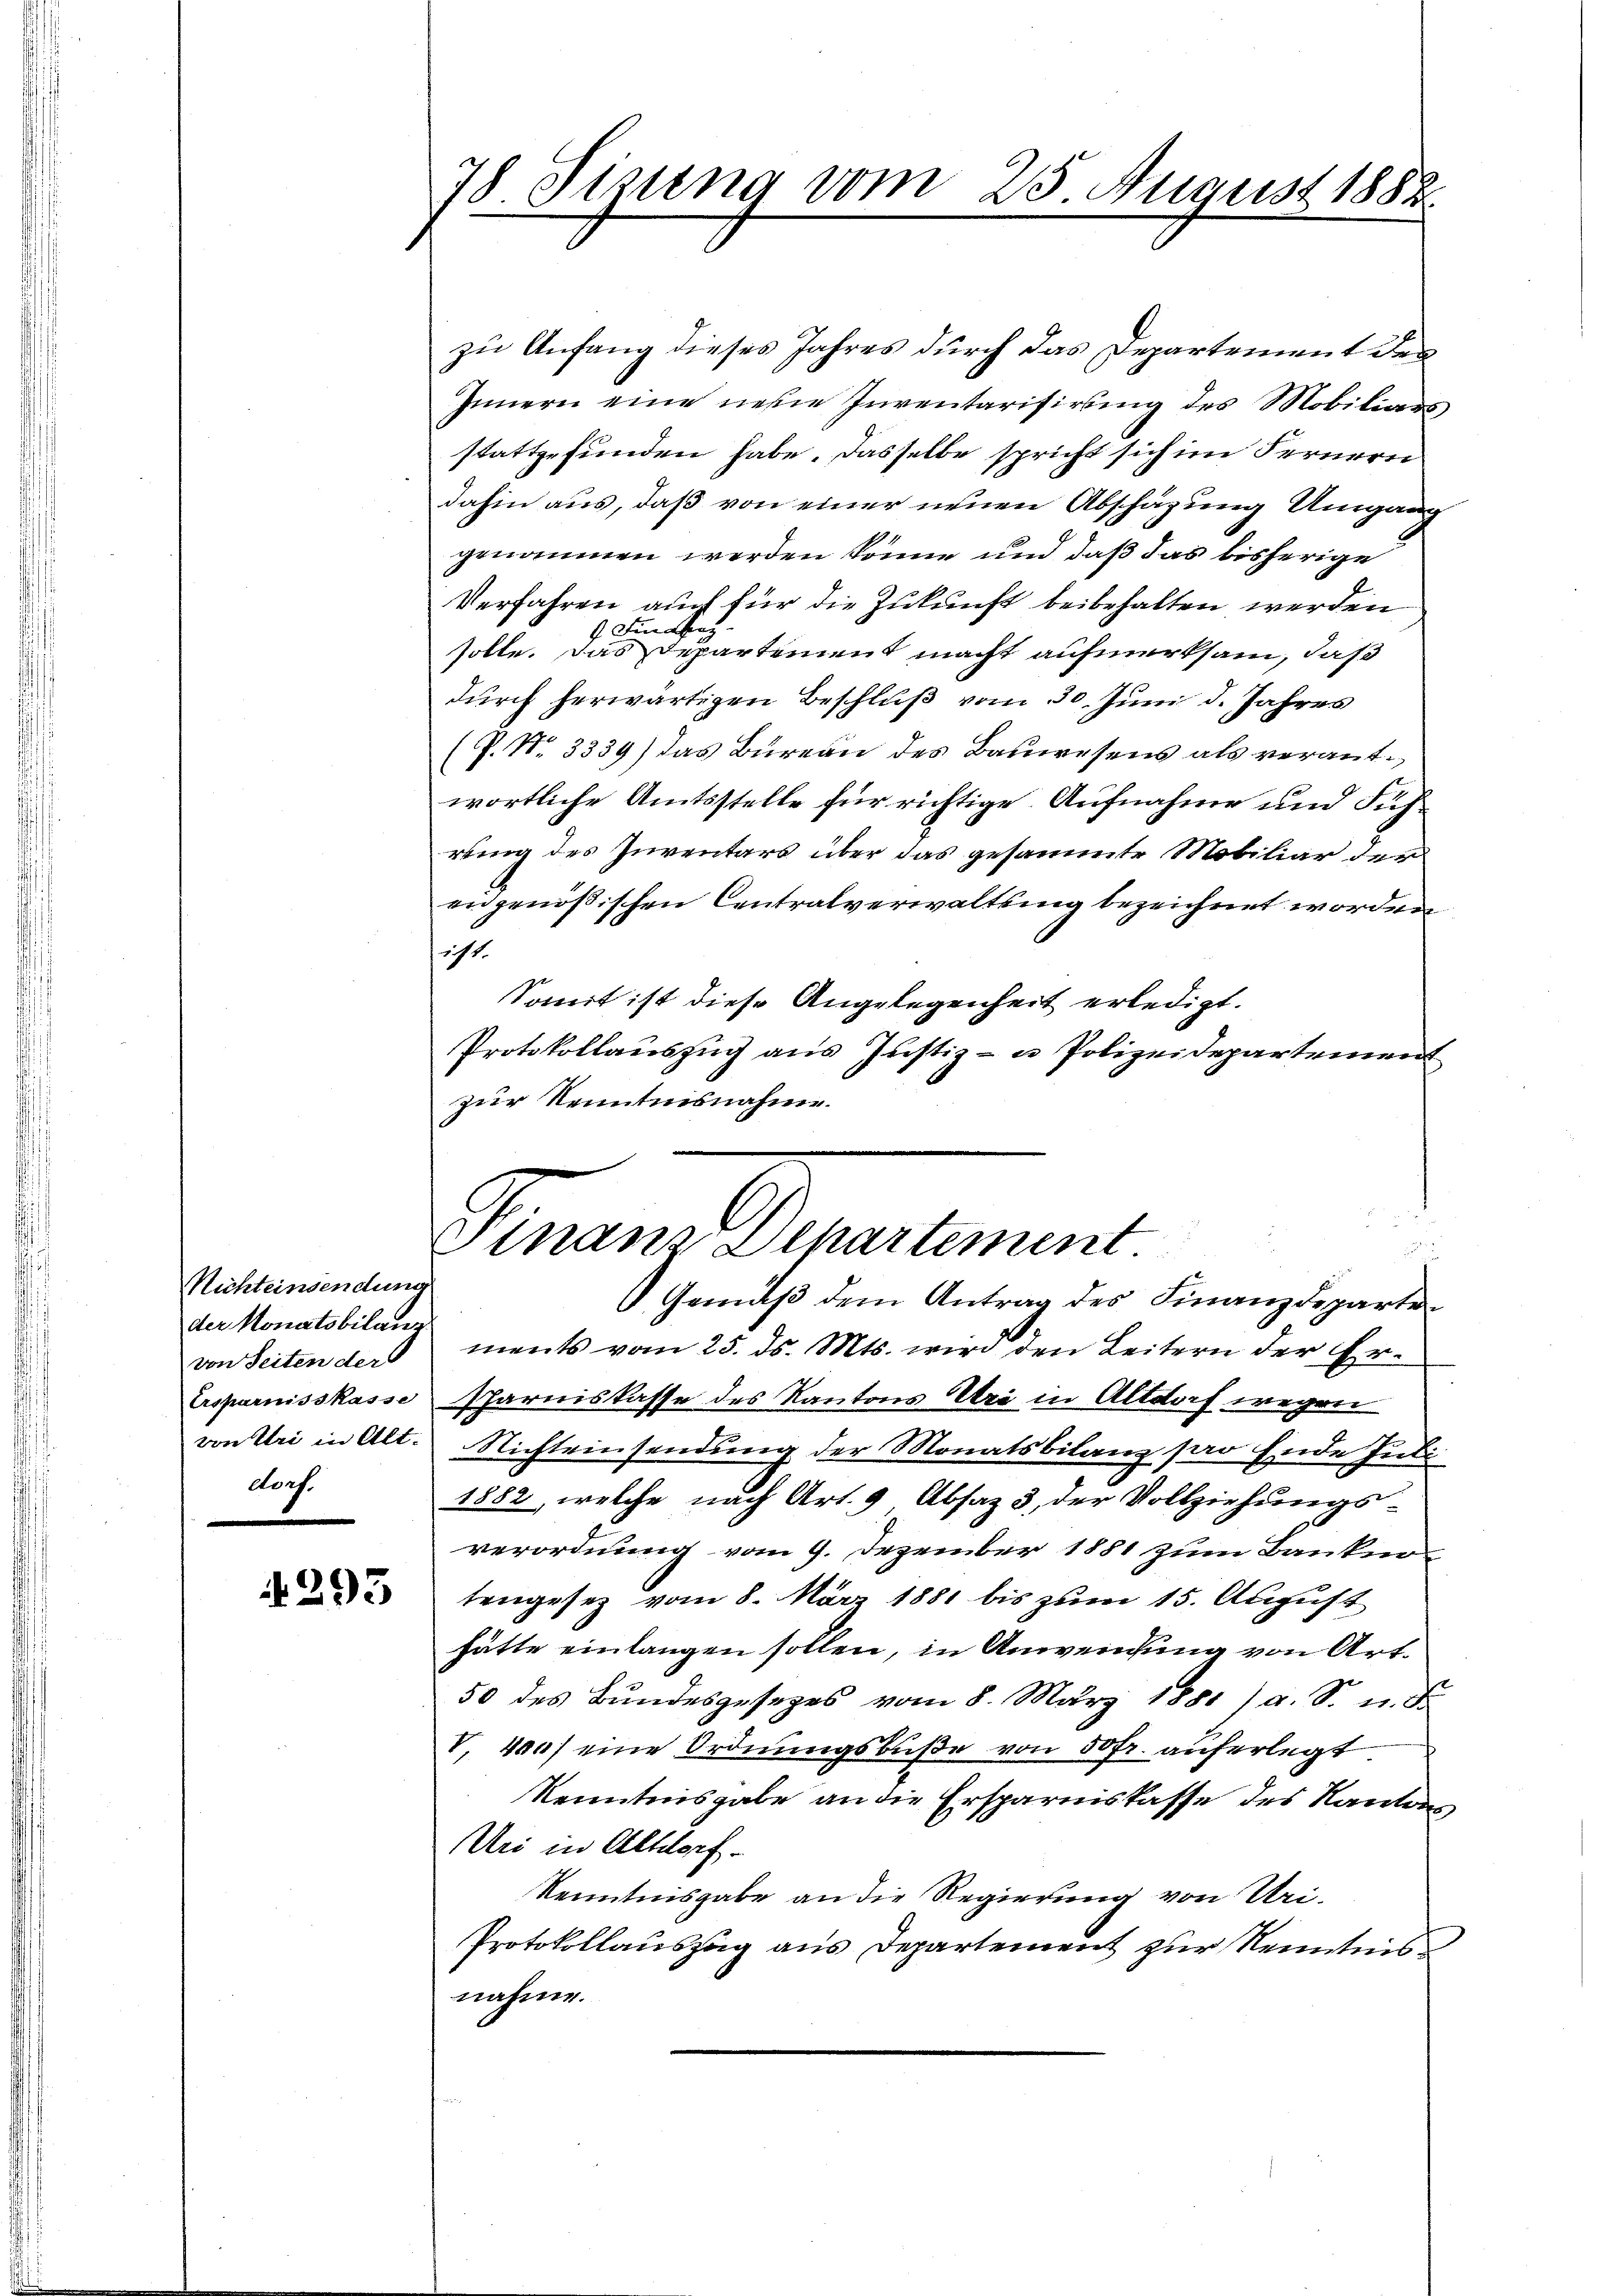
Richteinsendung
der Monatsbilanz
von Seiten ders
Ersparnisskasse
dorf.

293

78 Sizung vom 25. August 1882.

zu Anfang dieses Jahres durch das Departement des
Innern eine neue Inventarisirung des Mobiliars
stattgefunden habe. Dasselbe spricht sich im Fernern
dahin aus, daß von einer neuen Abschäzung Umgang
genommen werden könne und daß das bisherige
Verfahren auch für die Zukunft beibehalten werden
9 Die Linz
solle. Das Departement macht aufmerksam, daß
durch herwärtigen Beschluß vom 30. Juni d. Jahres
(P. No. 3339) das Bureau des Bauwesens als verantwortliche Amtsstelle für richtige Aufnahme und Führing des Inventars über das gesammte Mobiliar der
eidgenößischen Centralverwaltung bezeichnet worden
sicht.
Sonnt ist diese Angelegenheit erledigt.
Protokollauszug aus Justiz- u Polizeidepartement
zur Kenntnisnahme.

Finanz-Departement
Gemäß dem Antrag des Finanzdeparten

ments vom 25. ds. Mts. wird den Leitern der Ersparniskasse des Kantons Uri in Altdorf wegen
von Uri in Alt. Nichteinsendung der Monatsbilanz par Ende Jubi
1882, welche nach Art. 9 Absaz 3, der Vollziehungs-
verordnung vom 9. Dezember 1851 zum Banken
tengesetz vom 8. März 1881 bis zum 15. August
hätte einlangen sollen, in Anwendung von Art.
50 des Bundesgesezes vom 8. März 1881/ a. S. u. d
V. 400) eine Ordnungsbuße von 50fr. auferlegt
Kenntnisgabe an die Ersparniskasse des Kantons,
Uri in Altdorf.
Kenntnisgabe an die Regierung von Uri-
Protokollauszug aus Departement zur Kenntnisnahme.